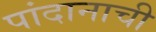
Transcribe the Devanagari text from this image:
पांदानाची